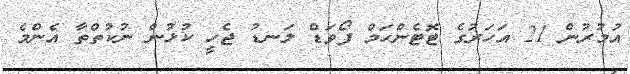
އުމުރުން 21 އަހަރުގެ ޓޮޓެންހަމް ފޯވަޑް ލަނޑު ޖެހީ ކުޅުން ނުކުތްތާ އެންމެ